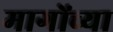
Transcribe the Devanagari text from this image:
मागोंच्या